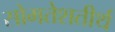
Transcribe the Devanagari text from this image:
सोमतेशतीर्थ